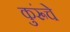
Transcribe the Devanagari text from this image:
कुरूंचे